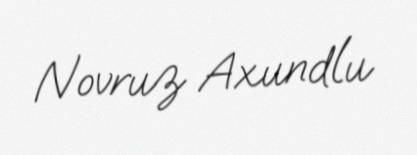
Novruz Axundlu